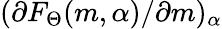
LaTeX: (\partial{F_{\Theta}(m,\alpha)/\partial{m}})_{\alpha}